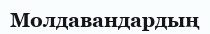
Молдавандардың